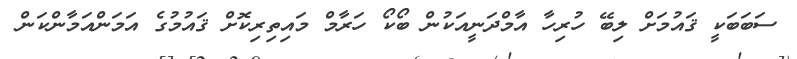
ސަބަބަކީ ޤައުމަށް ލިބޭ ހުރިހާ އާމްދަނީއަކުން ބޯކޯ ހަރާމް މައިތިރިކޮށް ޤައުމުގެ އަމަންއަމާންކަން